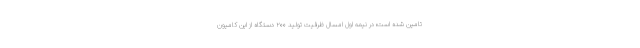
تامین شده است؛ در نیمه اول امسال ظرفیت تولید ۲۰۰ دستگاه از این کامیون